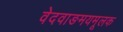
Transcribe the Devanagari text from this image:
वेदवाङमयमूलक